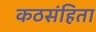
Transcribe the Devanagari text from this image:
कठसंहिता